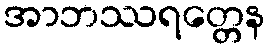
အာဘဿရတ္တေန